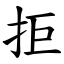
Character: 拒